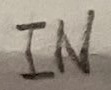
Text: IN